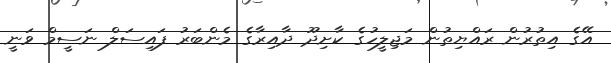
އޭގެ އިތުރުން ރައްޔިތުން މަޖިލީހުގެ ކާށިދޫ ދާއިރާގެ މެންބަރު ފައިސަލް ނަސީމް ވަނީ